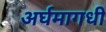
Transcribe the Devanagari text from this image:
अर्घमागधी